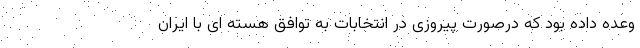
وعده داده بود که درصورت پیروزی در انتخابات به توافق هسته ای با ایران